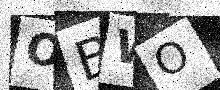
Text: OBWO